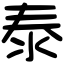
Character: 泰